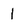
Character: 1